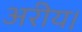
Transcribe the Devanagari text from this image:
अरीय।